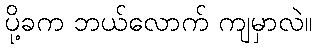
ပို့ခက ဘယ်လောက် ကျမှာလဲ။